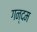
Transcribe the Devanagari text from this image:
गन्दम